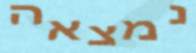
נמצאה